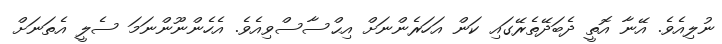
ނުލިއެވެ. އޭނާ އޮތީ ދެބަދޭތެރޭގައި ކަން އަހަރެންނަށް އިޙްސާސްވިއެވެ. އެހެންނޫންނަމަ ސެލީ އެތަނަށް